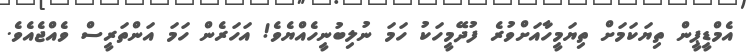
އެމްޑީޕީން ތިޔަކަމަށް ތިޔަމީހާއަށްވުރެ ފުދޭމީހަކު ހަމަ ނުލިބުނީހެއްޔެވެ! އަހަރެން ހަމަ އަންތަރީސް ވެއްޖެއެވެ.